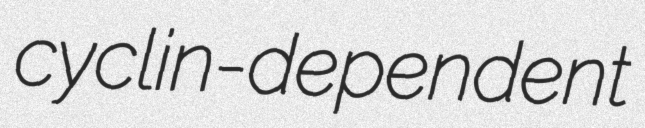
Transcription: cyclin-dependent